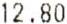
12.80